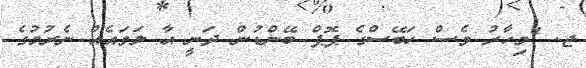
ޖ. "މިހާރު ވެސް ހަބޭސްގެ ޕޮޕް ބޭންޑުން ދަނީ އާ ލަވައެއް ނެރުމުގެ